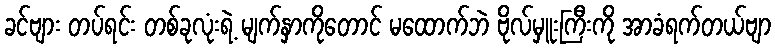
ခင်ဗျား တပ်ရင်း တစ်ခုလုံးရဲ့ မျက်နှာကိုတောင် မထောက်ဘဲ ဗိုလ်မှူးကြီးကို အာခံရက်တယ်ဗျာ